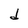
Character: d